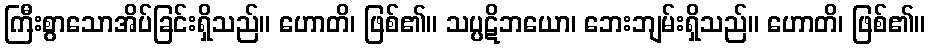
ကြီးစွာသောအိပ်ခြင်းရှိသည်။ ဟောတိ၊ ဖြစ်၏။ သပ္ပဋိဘယော၊ ဘေးဘျမ်းရှိသည်။ ဟောတိ၊ ဖြစ်၏။